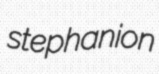
stephanion